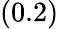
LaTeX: (0.2)